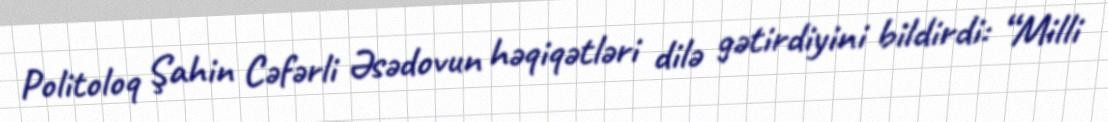
Politoloq Şahin Cəfərli Əsədovun həqiqətləri dilə gətirdiyini bildirdi: “Milli